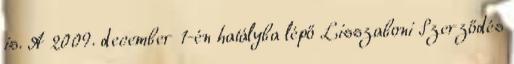
is. A 2009. december 1-én hatályba lépő Lisszaboni Szerződés